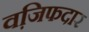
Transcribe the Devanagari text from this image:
वजि़फदार